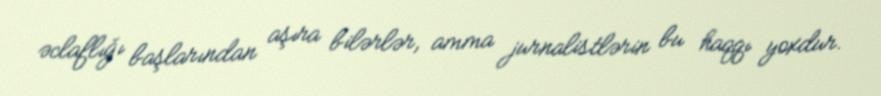
əclaflığı başlarından aşıra bilərlər, amma jurnalistlərin bu haqqı yoxdur.